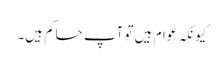
کیونکہ عوام ہیں تو آپ حاکم ہیں۔